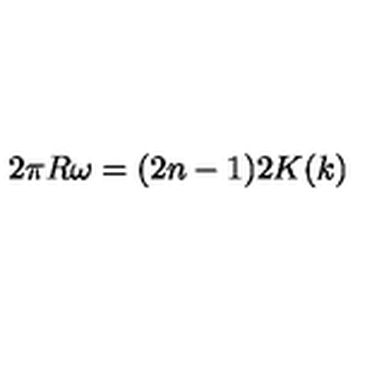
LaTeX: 2 \pi R \omega = ( 2 n - 1 ) 2 K ( k )